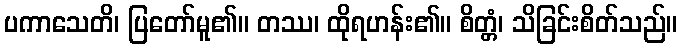
ပကာသေတိ၊ ပြတော်မူ၏။ တဿ၊ ထိုရဟန်း၏။ စိတ္တံ၊ သိခြင်းစိတ်သည်။